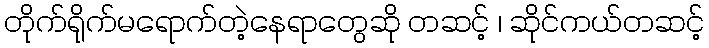
တိုက်ရိုက်မရောက်တဲ့နေရာတွေဆို တဆင့် ၊ ဆိုင်ကယ်တဆင့်